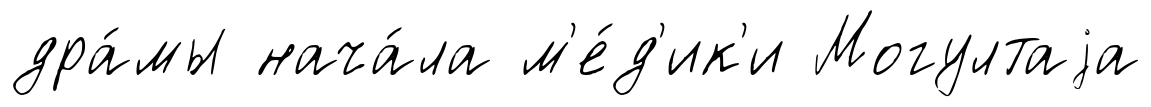
дра́мы нача́ла м'е́д'ик'и Могултаjа